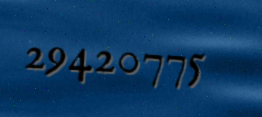
29420775